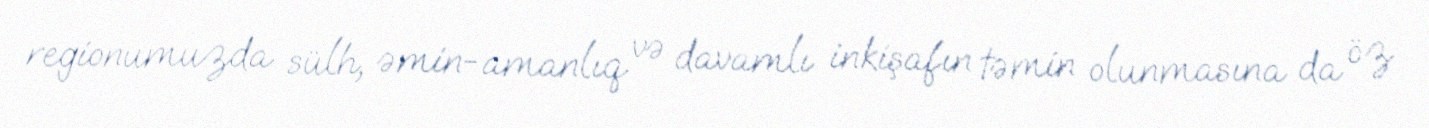
regionumuzda sülh, əmin-amanlıq və davamlı inkişafın təmin olunmasına da öz